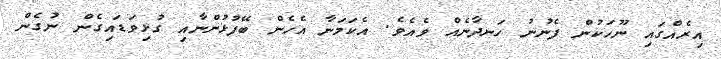
އިރެއްގައި ނޫހަކުން ފެނުނު ހަނދާނެއް ވެއެވެ. އެކަމަނާ އެހެން ބޭފުޅުންނާއި ގުޅިވަޑައިގެން ނުގެން